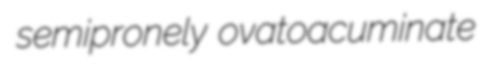
semipronely ovatoacuminate